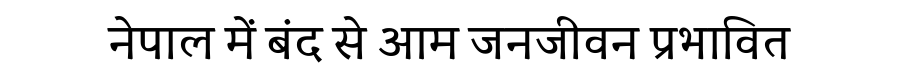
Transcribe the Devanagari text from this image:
नेपाल में बंद से आम जनजीवन प्रभावित